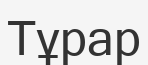
Тұрар